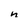
Character: n